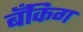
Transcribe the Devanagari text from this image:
बँकिग